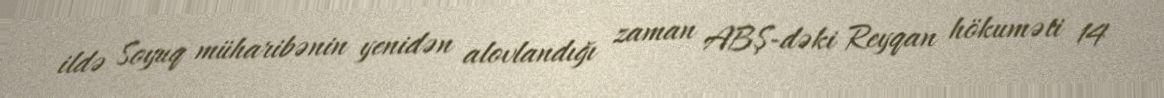
ildə Soyuq müharibənin yenidən alovlandığı zaman ABŞ-dəki Reyqan hökuməti 14